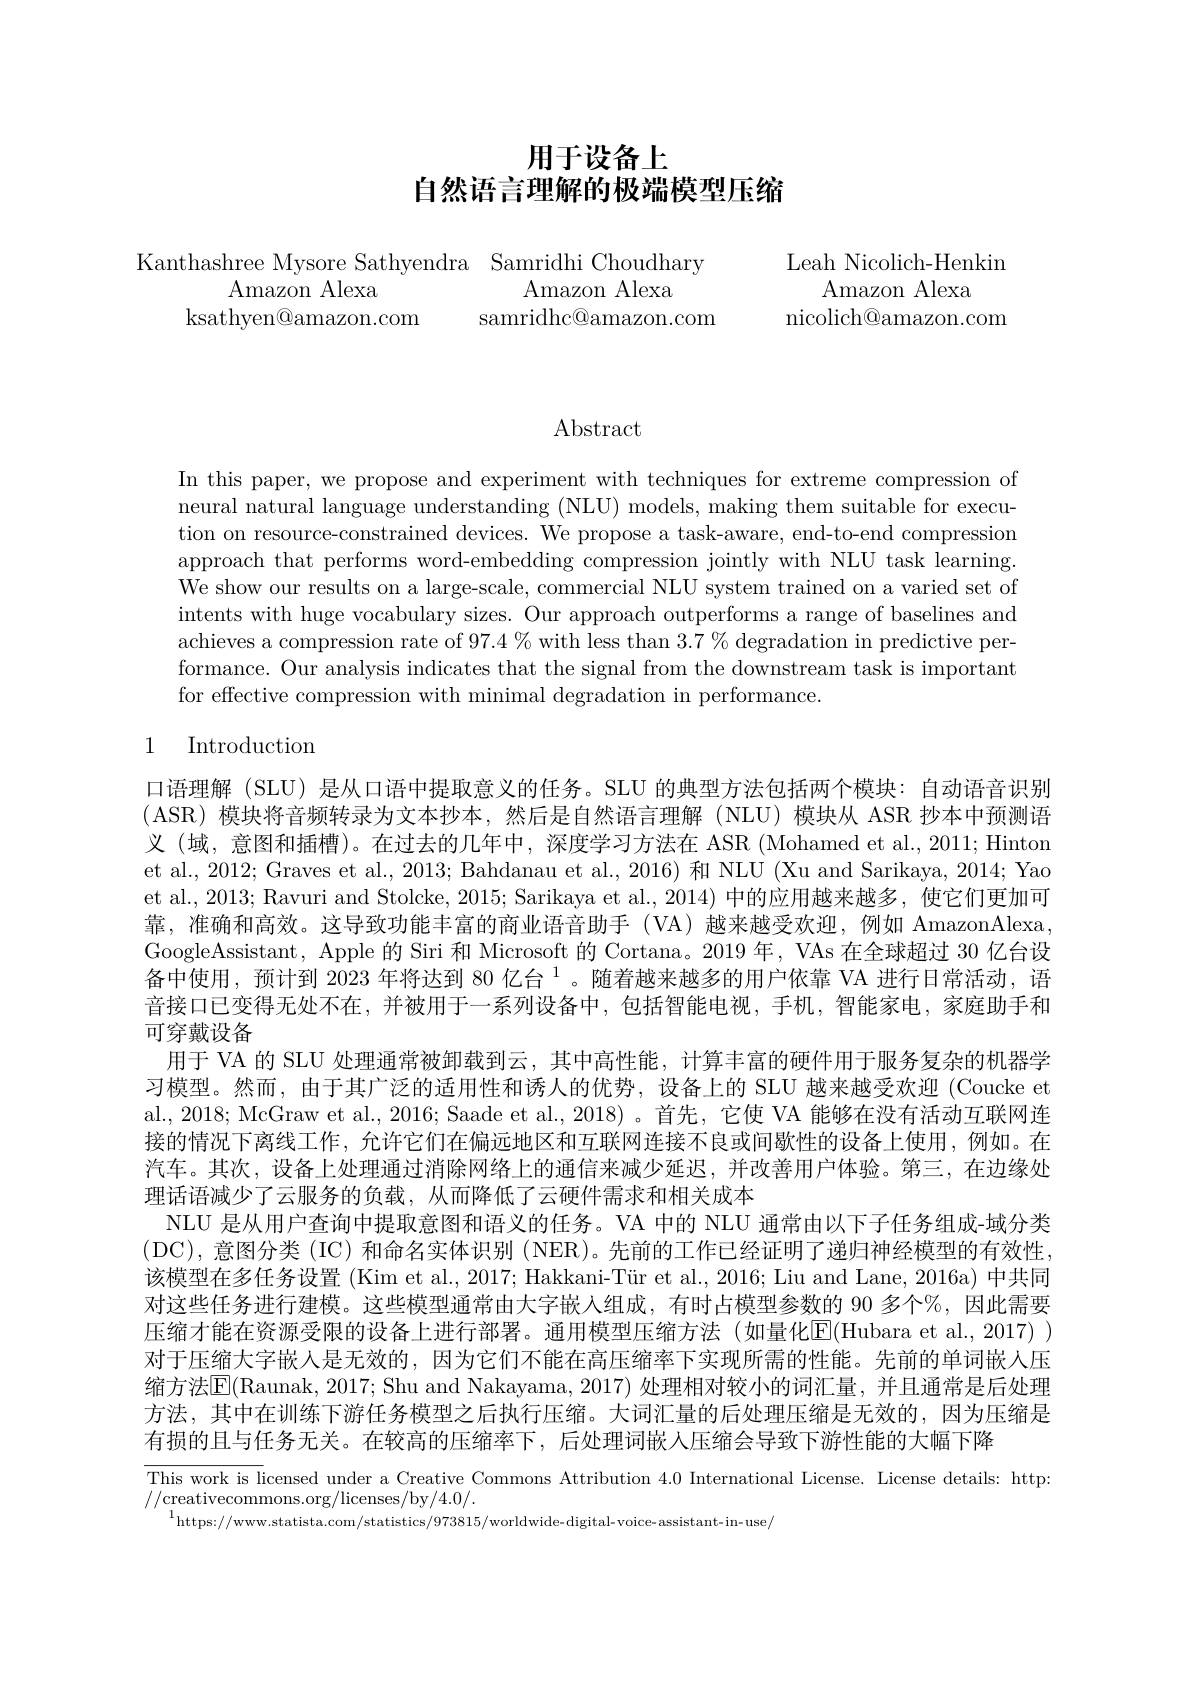
# 用于设备上自然语言理解的极端模型压缩

Kanthashree Mysore Sathyendra Samridhi Choudhary
${\mathrm{Amazon~Alexa}}$
Amazon Alexa
samridhc@amazon.com
ksathyen@ amazon. com

Leah Nicolich-Henkin
Amazon Alexa
nicolich@amazon.com

$\operatorname{Abstract}$

In this paper, we propose and experiment with techniques for extreme compression of neural natural language understanding (NLU) models, making them suitable for execution on resource-constrained devices. We propose a task-aware, end-to-end compression approach that performs word-embedding compression jointly with NLU task learning. We show our results on a large-scale, commercial NLU system trained on a varied set of intents with huge vocabulary sizes. Our approach outperforms a range of baselines and achieves a compression rate of $97.4\%$ with less than $3.7\%$ degradation in predictive performance. Our analysis indicates that the signal from the downstream task is important for effective compression with minimal degradation in performance

# 1 Introduction

口语理解 (SLU) 是从口语中提取意义的任务。SLU 的典型方法包括两个模块：自动语音识别(ASR)模块将音频转录为文本抄本，然后是自然语言理解(NLU)模块从 ASR 抄本中预测语义 (域，意图和插槽)。在过去的几年中，深度学习方法在 ASR (Mohamed et al., 2011; Hinton et al., 2012; Graves et al., 2013; Bahdanau et al., 2016) 和 NLU (Xu and Sarikaya, 2014; Yao et al., 2013; Ravuri and Stolcke, 2015; Sarikaya et al., 2014) 中的应用越来越多，使它们更加可靠，准确和高效。这导致功能丰富的商业语音助手(VA)越来越受欢迎，例如 AmazonAlexa GoogleAssistant, Apple 的 Siri 和 Microsoft 的 Cortana。2019 年，VAs 在全球超过 30 亿台设备中使用，预计到 2023 年将达到 80 亿台$^{1}$。随着越来越多的用户依靠 VA 进行日常活动，语音接口已变得无处不在，并被用于一系列设备中，包括智能电视，手机，智能家电，家庭助手和可穿戴设备
用于 VA 的 SLU 处理通常被卸载到云，其中高性能，计算丰富的硬件用于服务复杂的机器学习模型。然而，由于其广泛的适用性和诱人的优势，设备上的 SLU 越来越受欢迎 (Coucke et al., 2018; McGraw et al., 2016; Saade et al., 2018) 。首先，它使 VA 能够在没有活动互联网连接的情况下离线工作，允许它们在偏远地区和互联网连接不良或间歇性的设备上使用，例如。在汽车。其次，设备上处理通过消除网络上的通信来减少延迟，并改善用户体验。第三，在边缘处理话语减少了云服务的负载，从而降低了云硬件需求和相关成本
NLU 是从用户查询中提取意图和语义的任务。VA 中的 NLU 通常由以下子任务组成-域分类(DC),意图分类 (IC) 和命名实体识别 (NER)。先前的工作已经证明了递归神经模型的有效性该模型在多任务设置 (Kim et al., 2017; Hakkani-Tür et al., 2016; Liu and Lane, 2016a) 中共同对这些任务进行建模。这些模型通常由大字嵌人组成，有时占模型参数的 90 多个%,因此需要压缩才能在资源受限的设备上进行部署。通用模型压缩方法(如量化[E](Hubara et al., 2017) ) 对于压缩大字嵌人是无效的，因为它们不能在高压缩率下实现所需的性能。先前的单词嵌人压缩方法$\overline{\mathrm{E}}($Raunak, 2017; Shu and Nakayama, 2017) 处理相对较小的词汇量，并且通常是后处理方法，其中在训练下游任务模型之后执行压缩。大词汇量的后处理压缩是无效的，因为压缩是有损的且与任务无关。在较高的压缩率下，后处理词嵌入压缩会导致下游性能的大幅下降
This work is licensed under a Creative Commons Attribution 4.0 International License. License details: http:

$//\operatorname*{creativecommons.org/licenses/by/4.0/.}$
$^{1}$https://www.statista.com/statistics/973815/worldwide-digital-voice-assistant-in-use/